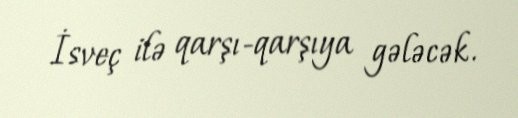
İsveç ilə qarşı-qarşıya gələcək.